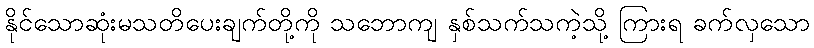
နိုင်သောဆုံးမသတိပေးချက်တို့ကို သဘောကျ နှစ်သက်သကဲ့သို့ ကြားရ ခက်လှသော